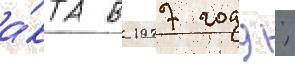
а́кта в 1977 году;